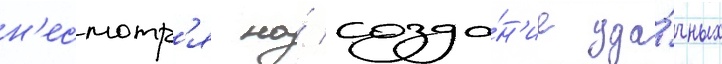
н'есмотр'я на́ созда́н'ие уда́чных